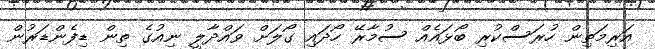
އަރިމަތިން ހުރަސްކުރި ބޯޅައެއް ސުމާރޭ ހޯދައި ގޯލަށް ވައްދާލީ ނިއުގެ ތިން ޑިފެންޑަރުން